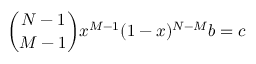
\binom { N - 1 } { M - 1 } x ^ { M - 1 } ( 1 - x ) ^ { N - M } b = c